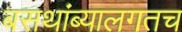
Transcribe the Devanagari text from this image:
बसथांब्यालगतच